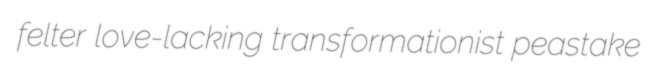
felter love-lacking transformationist peastake